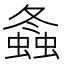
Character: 螽